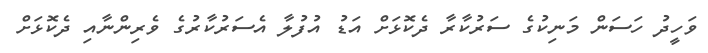
ވަހީދު ހަސަން މަނިކުގެ ސަރުކާރާ ދެކޮޅަށް އަޑު އުފުލާ އެސަރުކާރުގެ ވެރިންނާއި ދެކޮޅަށް